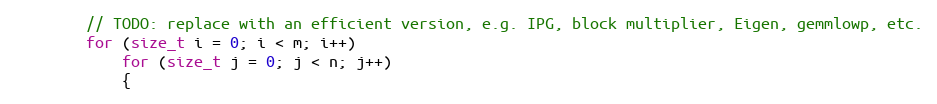
Language: C
        // TODO: replace with an efficient version, e.g. IPG, block multiplier, Eigen, gemmlowp, etc.
        for (size_t i = 0; i < m; i++)
            for (size_t j = 0; j < n; j++)
            {